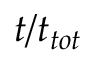
t / t _ { t o t }